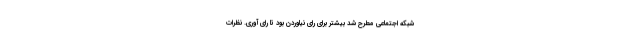
شبکه اجتماعی مطرح شد بیشتر برای رای نیاوردن بود تا رای آوری. نظرات